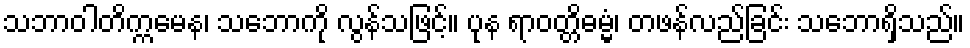
သဘာဝါတိက္ကမေန၊ သဘောကို လွန်သဖြင့်။ ပုန ရာဝတ္တိဓမ္မံ၊ တဖန်လည်ခြင်း သဘောရှိသည်။